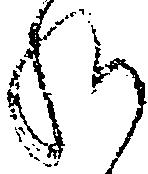
給